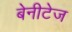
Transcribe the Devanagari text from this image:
बेनीटेज